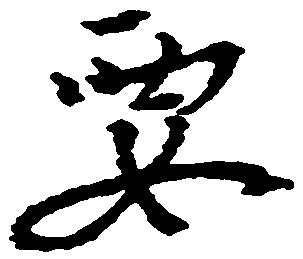
要